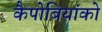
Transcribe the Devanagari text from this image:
कैपोबियांको